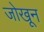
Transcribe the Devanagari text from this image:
जोखून